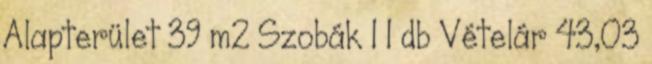
Alapterület 39 m2 Szobák 1 1 db Vételár 43,03